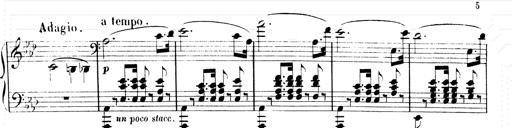
Title: 2 Transcriptions d'aprÃ¨s Rossini
Composer: Franz Liszt